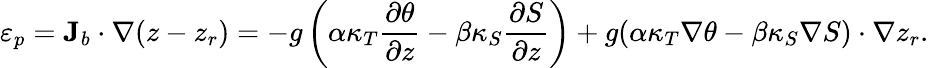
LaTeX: \varepsilon_{p}={\mathbf J}_{b}\cdot\nabla(z-z_{r})=-g\left(\alpha\kappa_{T}\frac{\partial\theta}{\partial z}-\beta\kappa_{S}\frac{\partial S}{\partial z}\right)+g(\alpha\kappa_{T}\nabla\theta-\beta\kappa_{S}\nabla S)\cdot\nabla z_{r}.